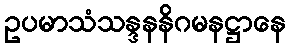
ဥပမာသံသန္ဒနနိဂမနဋ္ဌာနေ